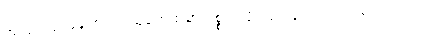
အလုပ်လုပ်နေကြရတဲ့သူတွေထဲမှာ ပစ္စည်းပို့သမားတွေလည်း အပါအဝင်ပါပဲ။